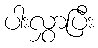
ပါးလွှာပြီး